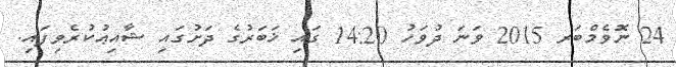
24 ނޮވެމްބަރ 2015 ވަނަ ދުވަހު 14:20 ގައި ޚަބަރުގެ ދަށުގައި ޝާއިޢުކުރެވިފައި.